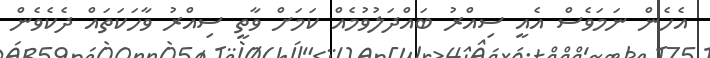
އެހެން ނަމަވެސް އެއީ ސިއްރު ބައްދަލުވުމެއް ކަމަށް ވާތީ ސިއްރު ވާހަކަތައް ދެކެވެން